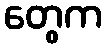
တွေက